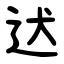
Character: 迖